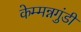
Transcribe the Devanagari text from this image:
केम्मन्नगुंडी